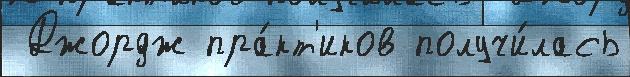
 Джордж пра́кт'иков получи́лась